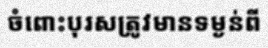
ចំពោះបុរសត្រូវមានទម្ងន់ពី